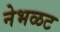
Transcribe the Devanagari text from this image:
नेभळट